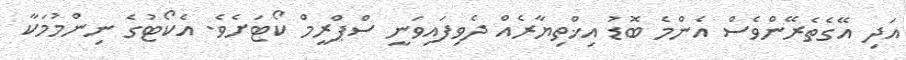
އަދި އޭގެތެރޭންވެސް އެންމެ ބޮޑު އިޚްތިޔާރެއް ދެވިފައިވަނީ ސްޕްރީމް ކޯޓަށެވެ. އެކޯޓުގެ ނިންމުމަކާ